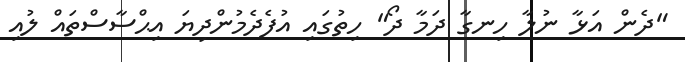
"ދެން އަޅާ ނުލާ ހިނގާ ދަމާ ދޯ" ހިތުގައި އުފެދެމުންދިޔަ އިޙްސާސްތައް ލުއި